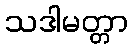
သဒါမတ္တာ